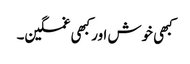
کبھی خوش اور کبھی غمگین۔